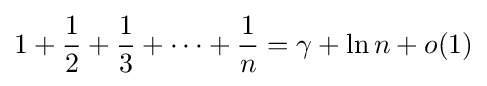
1+{1 \over 2}+{1 \over 3}+\cdots +{1 \over n}=\gamma +\ln n+o(1)